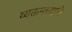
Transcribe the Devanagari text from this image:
व्यक्तमध्यानि